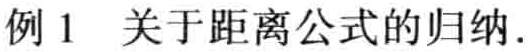
例1 关于距离公式的归纳.